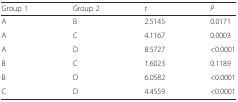
<table><thead><tr><td><b>Group 1</b></td><td><b>Group 2</b></td><td><b><i>t</i></b></td><td><b><i>P</i></b></td></tr></thead><tbody><tr><td>A</td><td>B</td><td>2.5145</td><td>0.0171</td></tr><tr><td>A</td><td>C</td><td>4.1167</td><td>0.0003</td></tr><tr><td>A</td><td>D</td><td>8.5727</td><td>&lt;0.0001</td></tr><tr><td>B</td><td>C</td><td>1.6023</td><td>0.1189</td></tr><tr><td>B</td><td>D</td><td>6.0582</td><td>&lt;0.0001</td></tr><tr><td>C</td><td>D</td><td>4.4559</td><td>&lt;0.0001</td></tr></tbody></table>